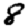
Digit: 8